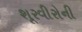
શૂરવીરોની